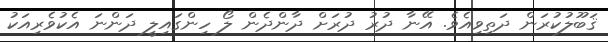
ޤަބޫލުކުރަން ދަތިވިއެވެ. އޭނާ ދުރު ދުރަށް ދާންދެން ލޯ ހިންގައިލީ ދަންނަ އެކުވެރިއަކު